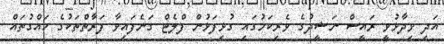
އަދި ވިދާޅުވީ ރައީސް ނަޝީދުގެ ވެރިކަމުގައި ގުޅިފަޅުން ފްލެޓް ގަނެފައިވާ ފަރާތްތަކުގެ ހައްގުތައް